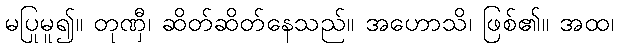
မပြုမူ၍။ တုဏှီ၊ ဆိတ်ဆိတ်နေသည်။ အဟောသိ၊ ဖြစ်၏။ အထ၊